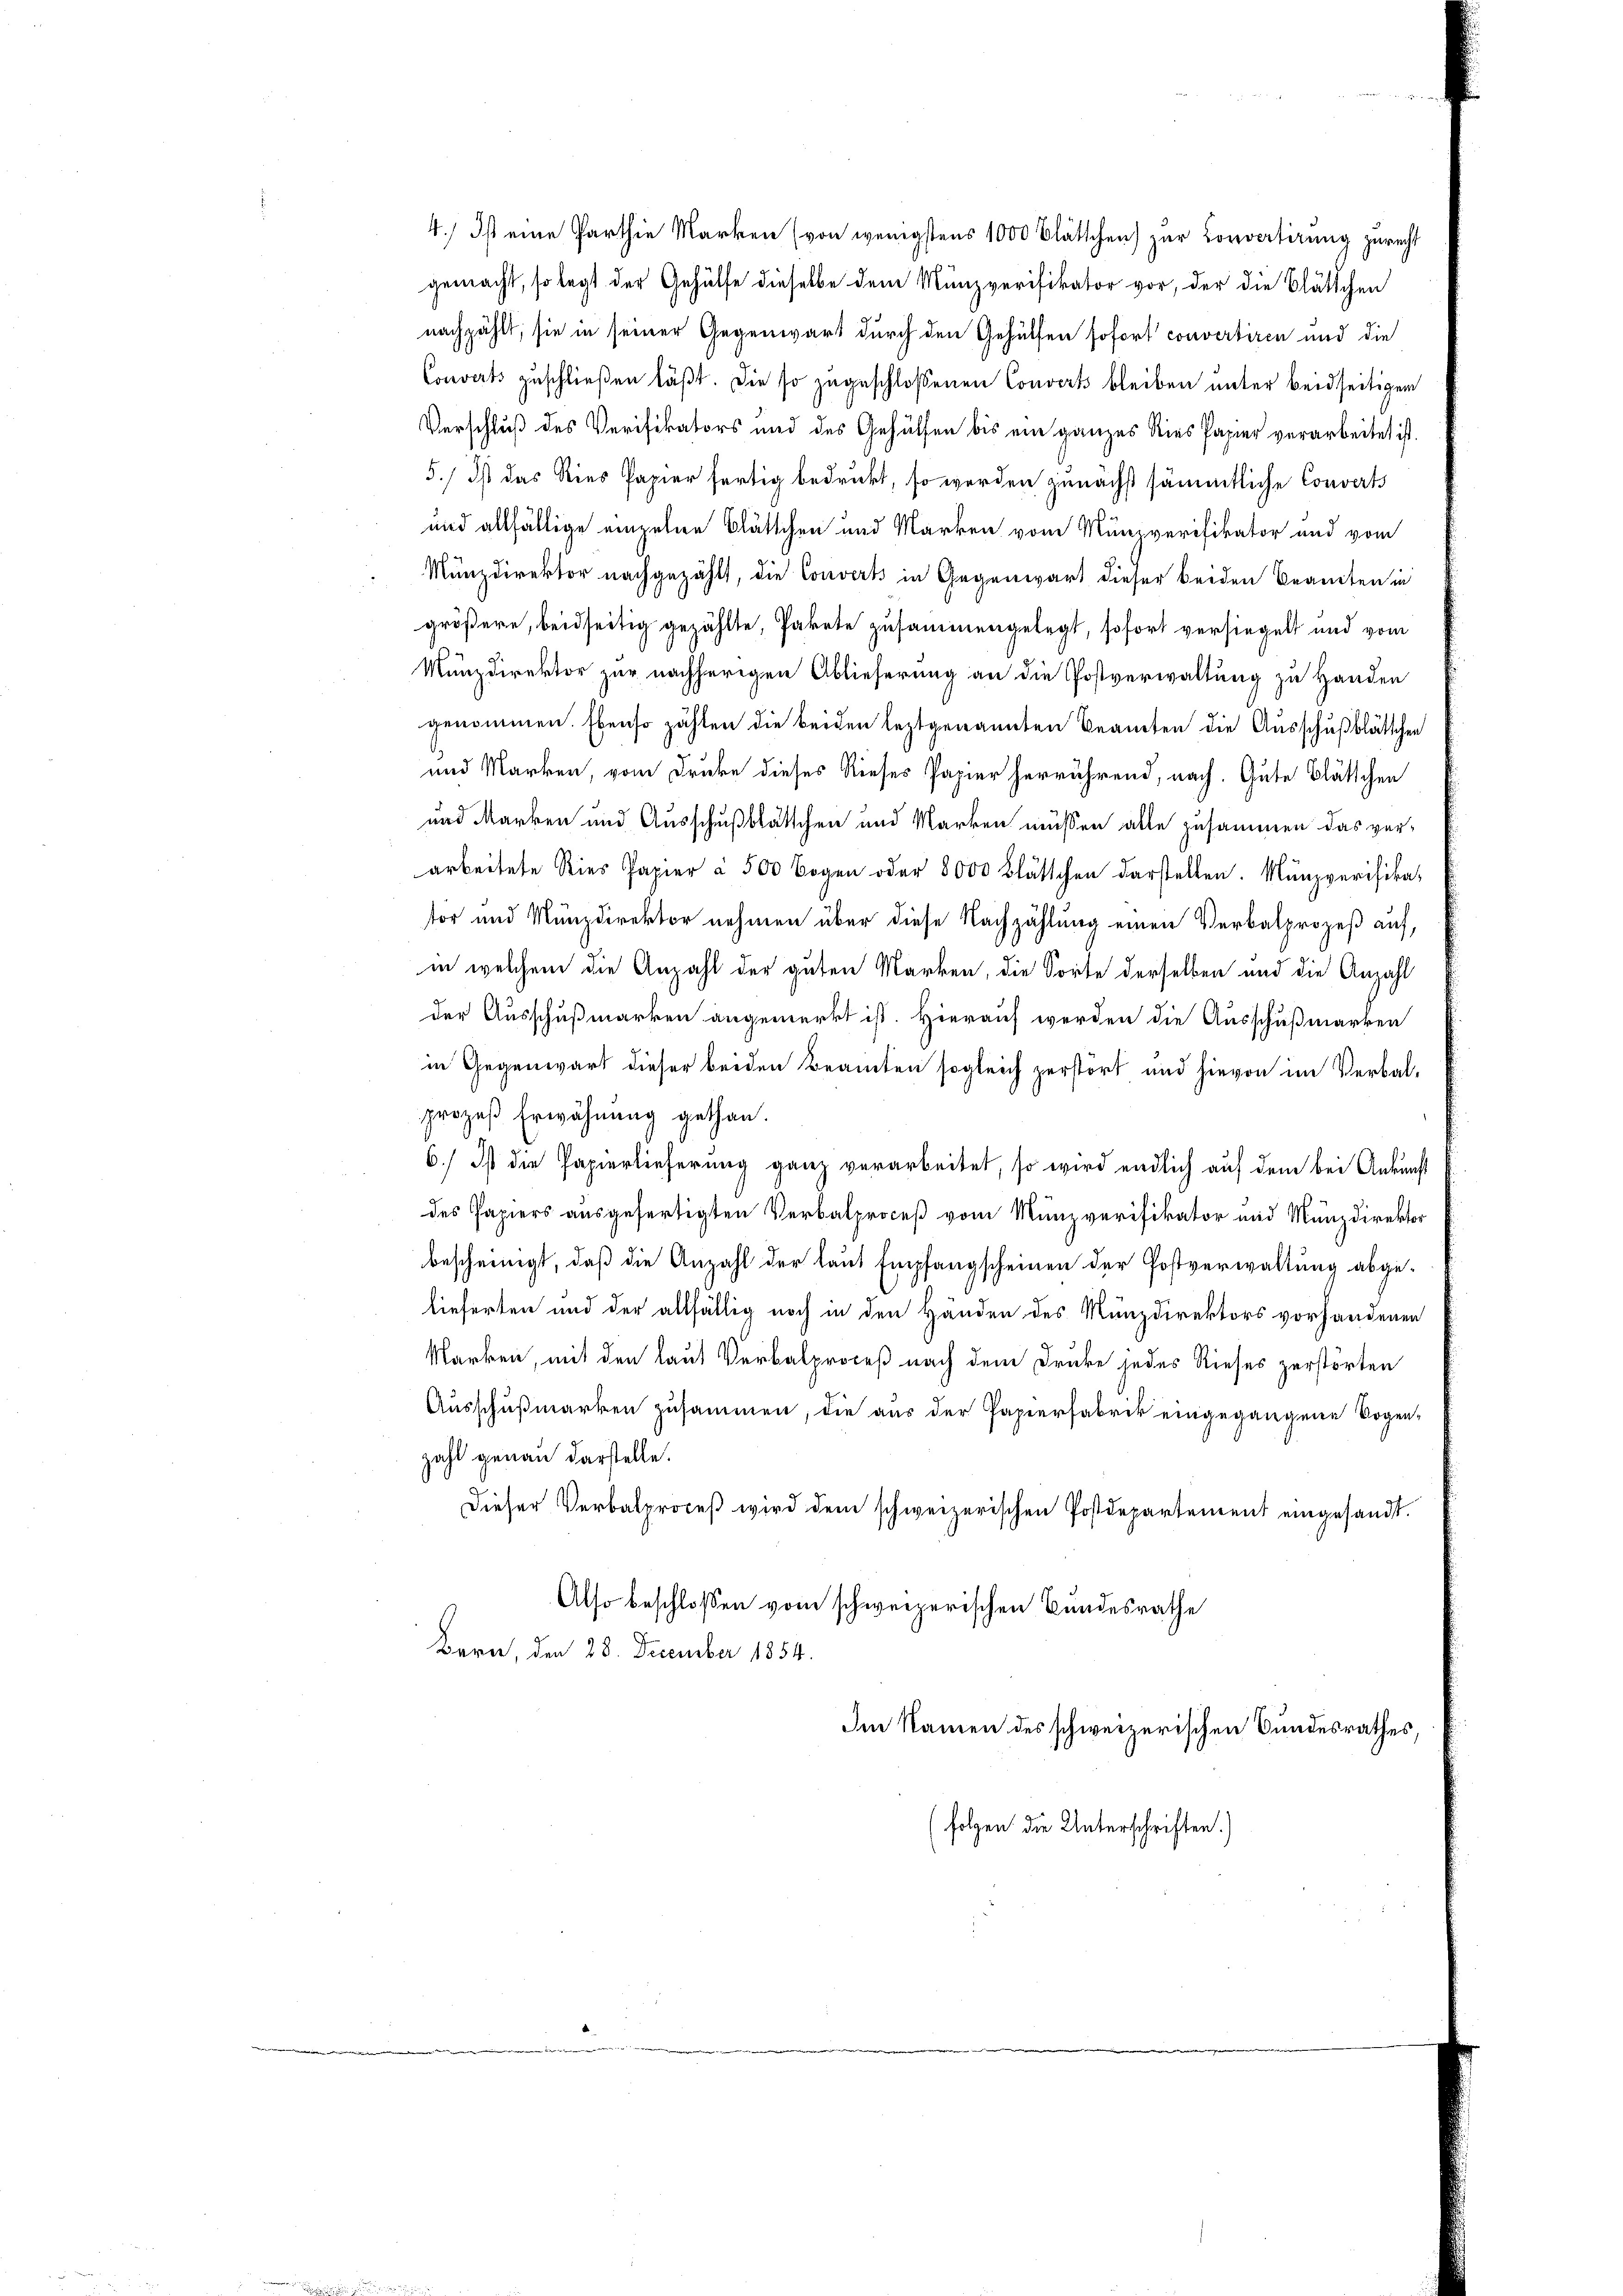
4.) Ist eine Parthie Marken (von wenigstens 1000 Blättchen) zur Convertirung zurecht
gemacht, so legt der Gehülfe dieselbe dem Münzverifikator vor, der die Blättchen
nachzählt, sie in seiner Gegenwart durch den Gehülfen sofort convertiren und die
Converts zuschließen läßt. Die so zugeschloßenen Convert bleiben unter beidseitigen
Verschluß des Verifikators und des Gehülfen bis ein ganzes Ries Papier verarbeitet ist.
5.) Ist das Ries Papier fertig bedruckt, so werden zunächst sämmtliche Converts
und allfällige einzelne Blättchen und Marken vom Münzverifikator und vom
Münzdirektor nachgezählt, die Convert in Gegenwart dieser beiden Branten in
größere, beidseitig gezählte, Pakete zusammengelegt, sofort versiegelt und vom
u
Münzdirektor zur nachherigen Ablieferung an die Postverwaltung zu Handen
genommen. Ebenso zählen die beiden leztgenannten Beamten die Ausschußblättchen
und Marken, vom Druke dieses Rieses Papier herrührend, nach. Gute Blättchen
und Marken und Ausschußblättchen und Marken müssen alle zusammen das verarbeitete Sties Papier à 500 Bogen oder 8000 Blättchen darstellen. Münzverifika-
tor und Münzdirektor nehmen über diese Nachzählung einen Verbalprozeß auf,
in welchem die Anzahl der guten Marken, die Sorte derselben und die Anzahl
der Ausschußmarken angemerkt ist. Hierauf werden die Ausschußmarken
in Gegenwart dieser beiden Beamten sogleich zerstört und hievon im Verbal-
prozeß Erwähnung gethan.
6.) Ist die Papierlieferung ganz verarbeitet, so wird endlich auf dem bei Ankunft
des Papiers ausgefertigten Verbalproceß vom Munzverifikator und Münzdirektor
bescheinigt, daß die Anzahl der laut Empfangscheinen der Postverwaltung abge-
lieferten und der allfällig noch in den Händen des Münzdirektors vorhandenen
Marken, mit den laut Verbalproceß nach dem Druke jedes Rieses zerstörten
Ausschußmarken zusammen, die aus der Papierfabrik eingegangene Vogen-
zahl genau darstelle.
Dieser Verbalproceβ wird dem schweizerischen Postdepartement eingesandt.
Also beschlossen vom schweizerischen Bundesrathe
Bern, den 28. December 1854.
Im Namen des schweizerischen Bundesrathes,
(folgen die Unterschriften.)